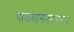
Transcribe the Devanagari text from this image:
पाकशासननन्दनः॥